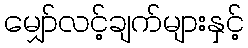
မျှော်လင့်ချက်များနှင့်